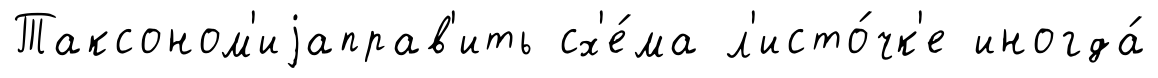
Таксоном'иjаправ'ить сх'е́ма л'исто́чк'е иногда́